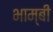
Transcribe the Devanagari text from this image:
भाम्बी